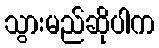
သွားမည်ဆိုပါက